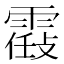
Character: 𩄸